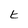
Character: E